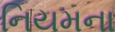
નિયમના